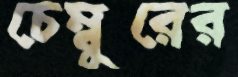
চেম্বুরের